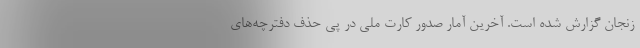
زنجان گزارش شده است. آخرین آمار صدور کارت ملی در پی حذف دفترچه‌های